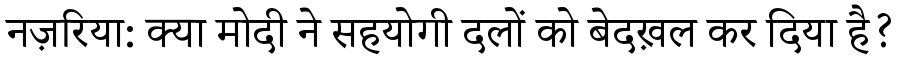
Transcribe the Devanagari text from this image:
नज़रिया: क्या मोदी ने सहयोगी दलों को बेदख़ल कर दिया है?